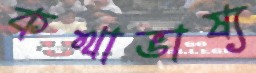
কথাভাষ্য